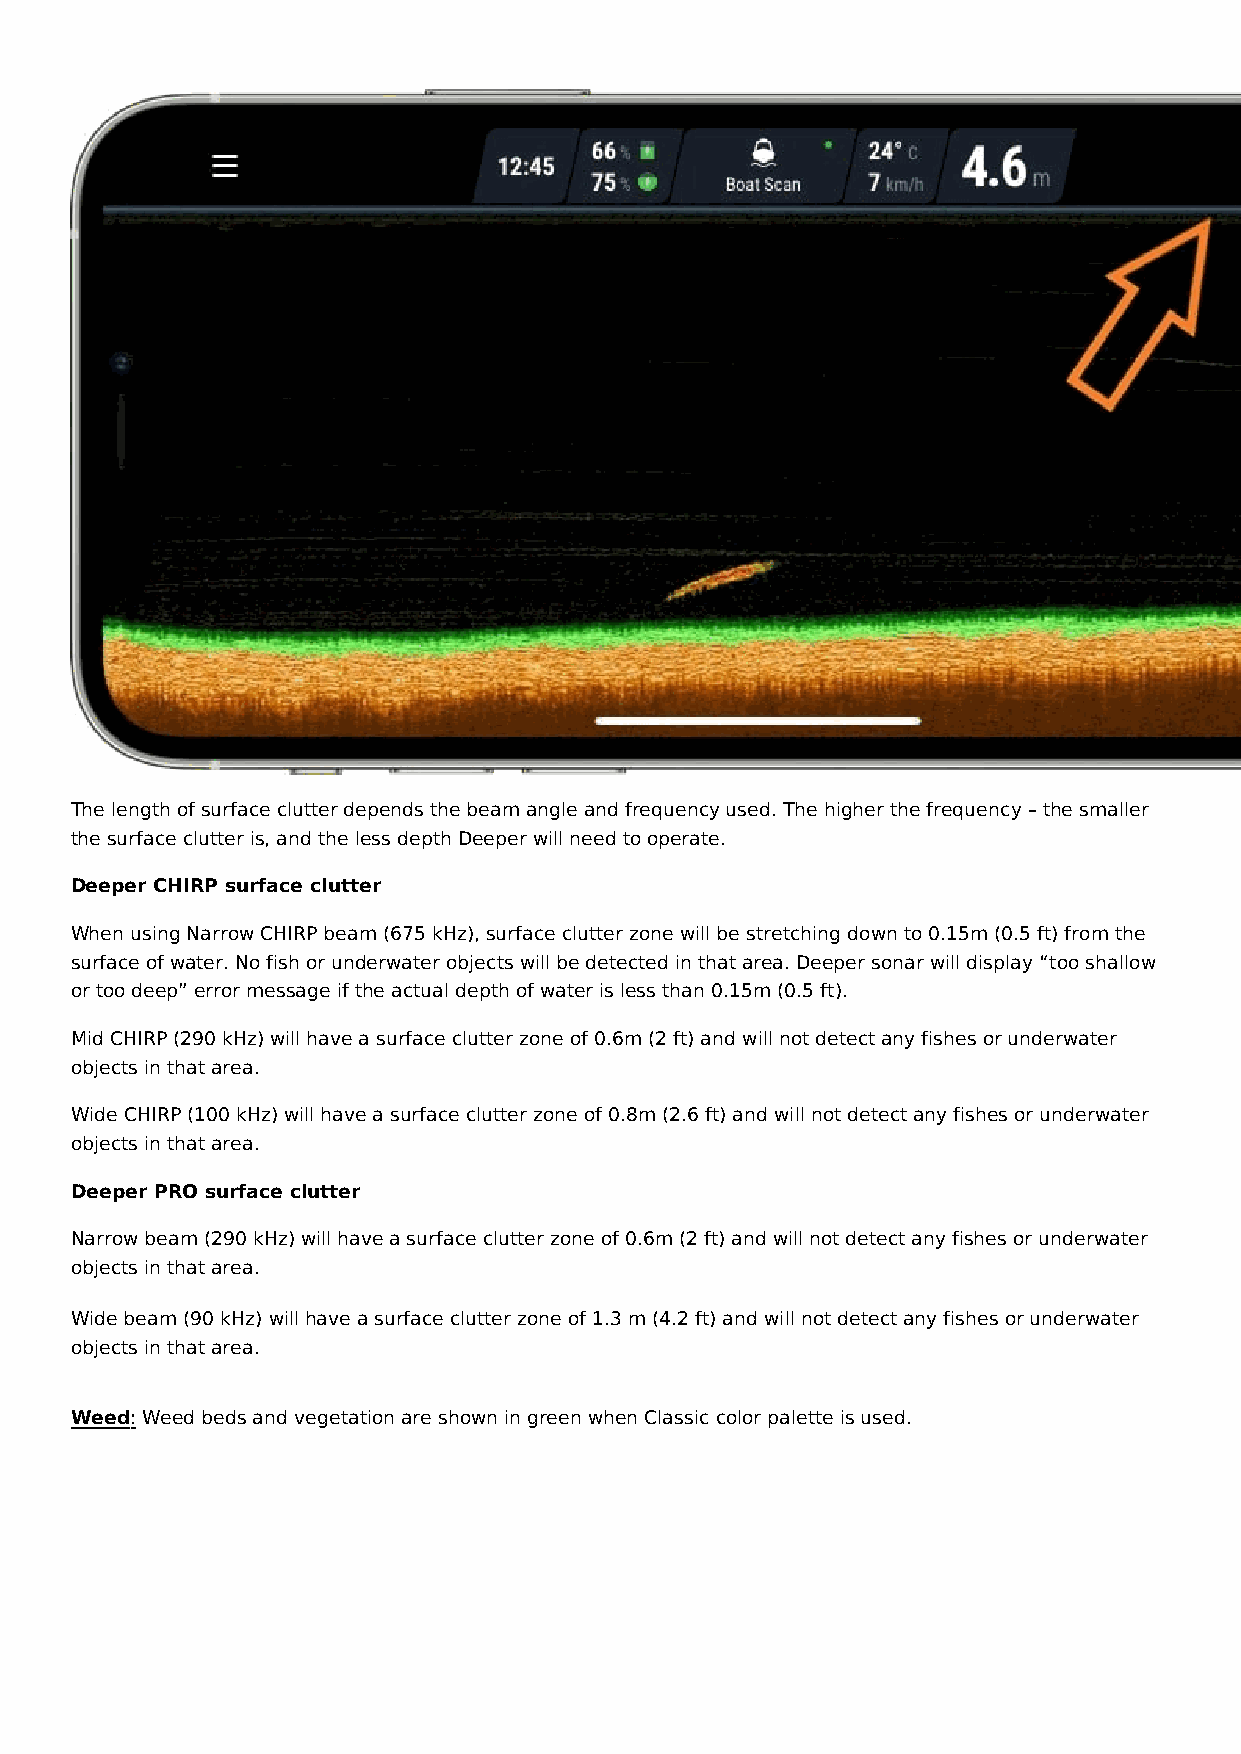
The length of surface clutter depends the beam angle and frequency used. The higher the frequency – the smaller
 the surface clutter is, and the less depth Deeper will need to operate.
 Deeper CHIRP surface clutter
 When using Narrow CHIRP beam (675 kHz), surface clutter zone will be stretching down to 0.15m (0.5 ft) from the
 surface of water. No fish or underwater objects will be detected in that area. Deeper sonar will display “too shallow
 or too deep” error message if the actual depth of water is less than 0.15m (0.5 ft).
 Mid CHIRP (290 kHz) will have a surface clutter zone of 0.6m (2 ft) and will not detect any fishes or underwater
 objects in that area.
 Wide CHIRP (100 kHz) will have a surface clutter zone of 0.8m (2.6 ft) and will not detect any fishes or underwater
 objects in that area.
 Deeper PRO surface clutter
 Narrow beam (290 kHz) will have a surface clutter zone of 0.6m (2 ft) and will not detect any fishes or underwater
 objects in that area.
 Wide beam (90 kHz) will have a surface clutter zone of 1.3 m (4.2 ft) and will not detect any fishes or underwater
 objects in that area.
 Weed: Weed beds and vegetation are shown in green when Classic color palette is used.